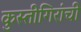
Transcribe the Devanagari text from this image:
कुस्तीगिरांची